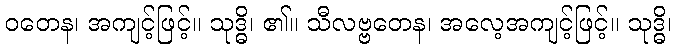
ဝတေန၊ အကျင့်ဖြင့်။ သုဒ္ဓိ၊ ၏။ သီလဗ္ဗတေန၊ အလေ့အကျင့်ဖြင့်။ သုဒ္ဓိ၊